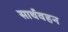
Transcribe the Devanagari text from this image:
सार्थवहन